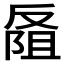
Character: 𪠭